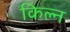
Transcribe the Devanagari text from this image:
किल्न